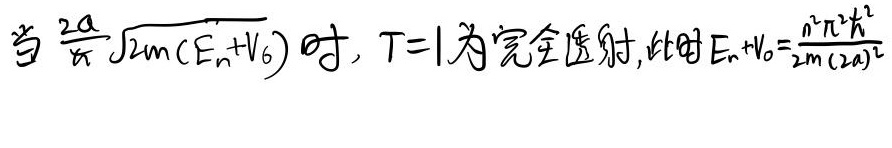
当 \(\frac{2a}{\pi}\sqrt{2m(E_n + V_0)}\) 满足一定条件时，\(T = 1\) 为完全透射，此时 \(E_n+V_0=\frac{n^2\pi^2\hbar^2}{2m(2a)^2}\)